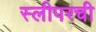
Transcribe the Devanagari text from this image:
स्लीपरची